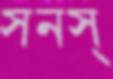
সনস্